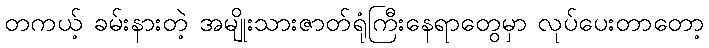
တကယ့် ခမ်းနားတဲ့ အမျိုးသားဇာတ်ရုံကြီးနေရာတွေမှာ လုပ်ပေးတာတော့